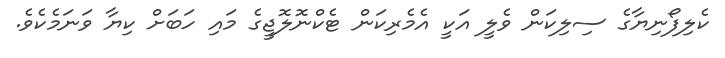
ކެލިފޯނިޔާގެ ސިލިކަން ވެލީ އަކީ އެމެރިކަން ޓެކްނޮލޮޖީގެ މައި ހަބަށް ކިޔާ ވަނަމެކެވެ.